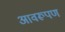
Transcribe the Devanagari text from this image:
आवरूपण